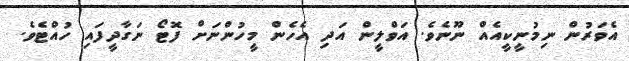
އެވަރުން ނިމުނީކީއެއް ނޫނެވެ. އަވްލީން އަދި އެހެން މީހުންނަށް ފޮޓޯ ނަގާދީފައި ހުއްޓެވެ.